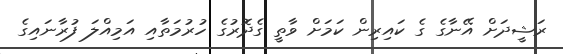
ރަޝީދަށް އޭނާގެ ގެ ކައިރިން ކަމަށް ވާތީ ގެދޮރުގެ ހުރުމަތާއި އަމިއްލަ ފުރާނައިގެ